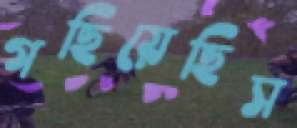
গছিয়েছিস